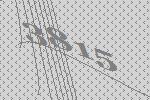
3815